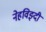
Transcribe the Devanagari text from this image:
नेहविझ्दी